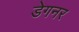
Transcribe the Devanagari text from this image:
डेगनर